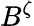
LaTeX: B^{\zeta}